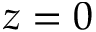
z = 0